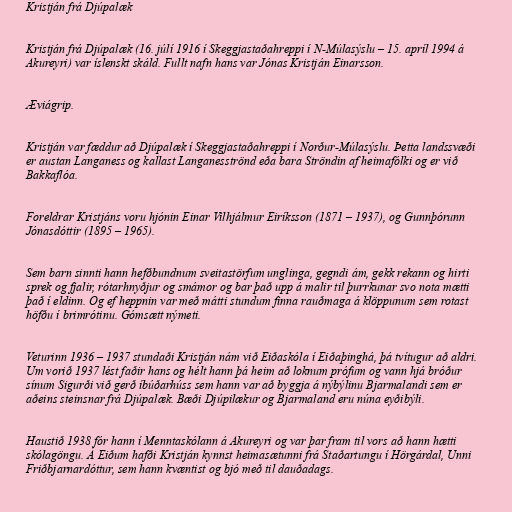
Kristján frá Djúpalæk

Kristján frá Djúpalæk (16. júlí 1916 í Skeggjastaðahreppi í N-Múlasýslu – 15. apríl 1994 á
Akureyri) var íslenskt skáld. Fullt nafn hans var Jónas Kristján Einarsson.

Æviágrip.

Kristján var fæddur að Djúpalæk í Skeggjastaðahreppi í Norður-Múlasýslu. Þetta landssvæði
er austan Langaness og kallast Langanesströnd eða bara Ströndin af heimafólki og er við
Bakkaflóa.

Foreldrar Kristjáns voru hjónin Einar Vilhjálmur Eiríksson (1871 – 1937), og Gunnþórunn
Jónasdóttir (1895 – 1965).

Sem barn sinnti hann hefðbundnum sveitastörfum unglinga, gegndi ám, gekk rekann og hirti
sprek og fjalir, rótarhnyðjur og smámor og bar það upp á malir til þurrkunar svo nota mætti
það í eldinn. Og ef heppnin var með mátti stundum finna rauðmaga á klöppunum sem rotast
höfðu í brimrótinu. Gómsætt nýmeti.

Veturinn 1936 – 1937 stundaði Kristján nám við Eiðaskóla í Eiðaþinghá, þá tvítugur að aldri.
Um vorið 1937 lést faðir hans og hélt hann þá heim að loknum prófum og vann hjá bróður
sínum Sigurði við gerð íbúðarhúss sem hann var að byggja á nýbýlinu Bjarmalandi sem er
aðeins steinsnar frá Djúpalæk. Bæði Djúpilækur og Bjarmaland eru núna eyðibýli.

Haustið 1938 fór hann í Menntaskólann á Akureyri og var þar fram til vors að hann hætti
skólagöngu. Á Eiðum hafði Kristján kynnst heimasætunni frá Staðartungu í Hörgárdal, Unni
Friðbjarnardóttur, sem hann kvæntist og bjó með til dauðadags.